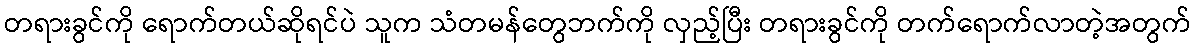
တရားခွင်ကို ရောက်တယ်ဆိုရင်ပဲ သူက သံတမန်တွေဘက်ကို လှည့်ပြီး တရားခွင်ကို တက်ရောက်လာတဲ့အတွက်